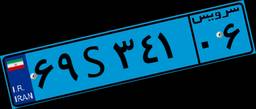
۶۹S۳۴۱۰۶